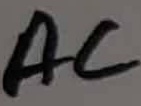
Text: AC